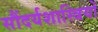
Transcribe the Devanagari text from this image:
सौंदर्यशास्त्रियों